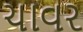
ચાવર